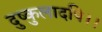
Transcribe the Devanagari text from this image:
दुष्कुलादपि।।